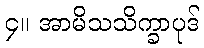
၄။ အာမိသသိက္ခာပုဒ်